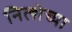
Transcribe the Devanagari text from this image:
नित्शेच्या